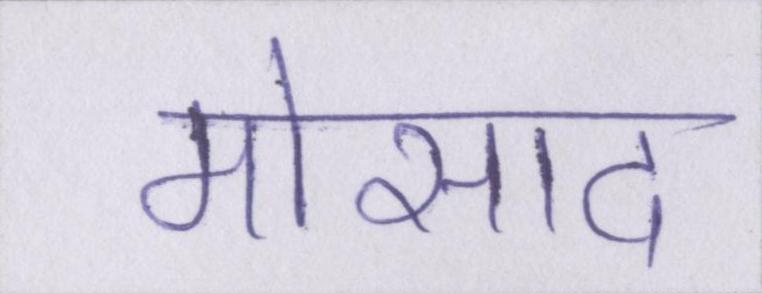
मोसाद